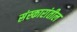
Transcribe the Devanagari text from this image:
संस्कारांतील